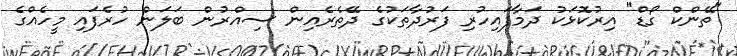
"ތޭންކް ގޯޑް" އިރުކޮޅަކު ދަމާފައިހުރި ފަރުދާތަކުގެ ދޭތެރެއިން ސިއްރުން ބަލަން ހުރެފައި މީހެއްގެ